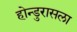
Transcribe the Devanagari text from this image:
होन्डुरासला